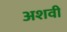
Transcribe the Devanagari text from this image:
अशवी